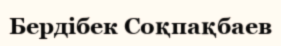
Бердібек Соқпақбаев